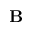
{ \bf B }